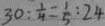
3 0 : \frac { 1 } { 4 } = \frac { 1 } { 5 } : 2 4